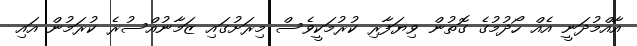
އާއްމުދަނީ އެއް ހޯދުމުގެ ގޮތުން ވިޔަފާރި ކުރުމަކީވެސް މިރަށުގައި ޒަމާނުއްސުރެ ކުރަމުން އައި